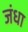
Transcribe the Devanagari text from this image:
जंधा